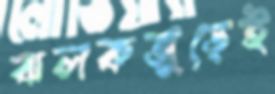
ঝলকজুড়েই